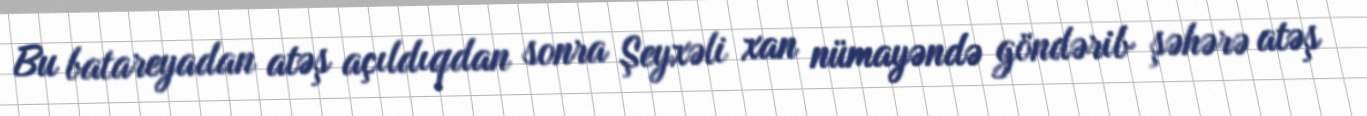
Bu batareyadan atəş açıldıqdan sonra Şeyxəli xan nümayəndə göndərib şəhərə atəş